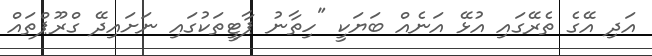
އަދި އޭގެ ތެރޭގައި އުޅޭ އަނެއް ބަޔަކީ "ހިތާނު ޕާޓީތަކުގައި ނަށައިދޭ ގްރޫޕްތައް